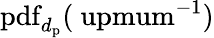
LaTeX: \mathrm{pdf}_{d_{\mathrm{p}}}(\mathrm{\ upmum^{-1})}